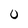
Character: 0